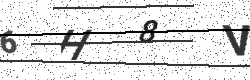
Text: 6H8V